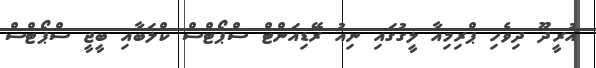
އުރީދޫ ދިވެހި ޕްރިމިއާ ލީގުގައި ނިއު ރޭޑިއަންޓް ސްޕޯޓްސް ކްލަބާއި ބީޖީ ސްޕޯޓްސް